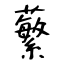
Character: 蘩